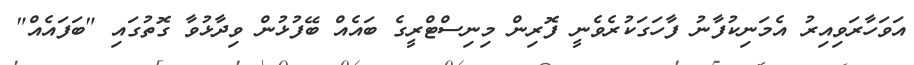
އަވަހާރަވިއިރު އެމަނިކުފާނު ފާހަގަކުރެވެނީ ފޮރިން މިނިސްޓްރީގެ ބައެއް ބޭފުޅުން ވިދާޅުވާ ގޮތުގައި "ބަފައެއް"